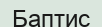
Баптис